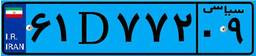
۴۵D۷۵۲۱۸